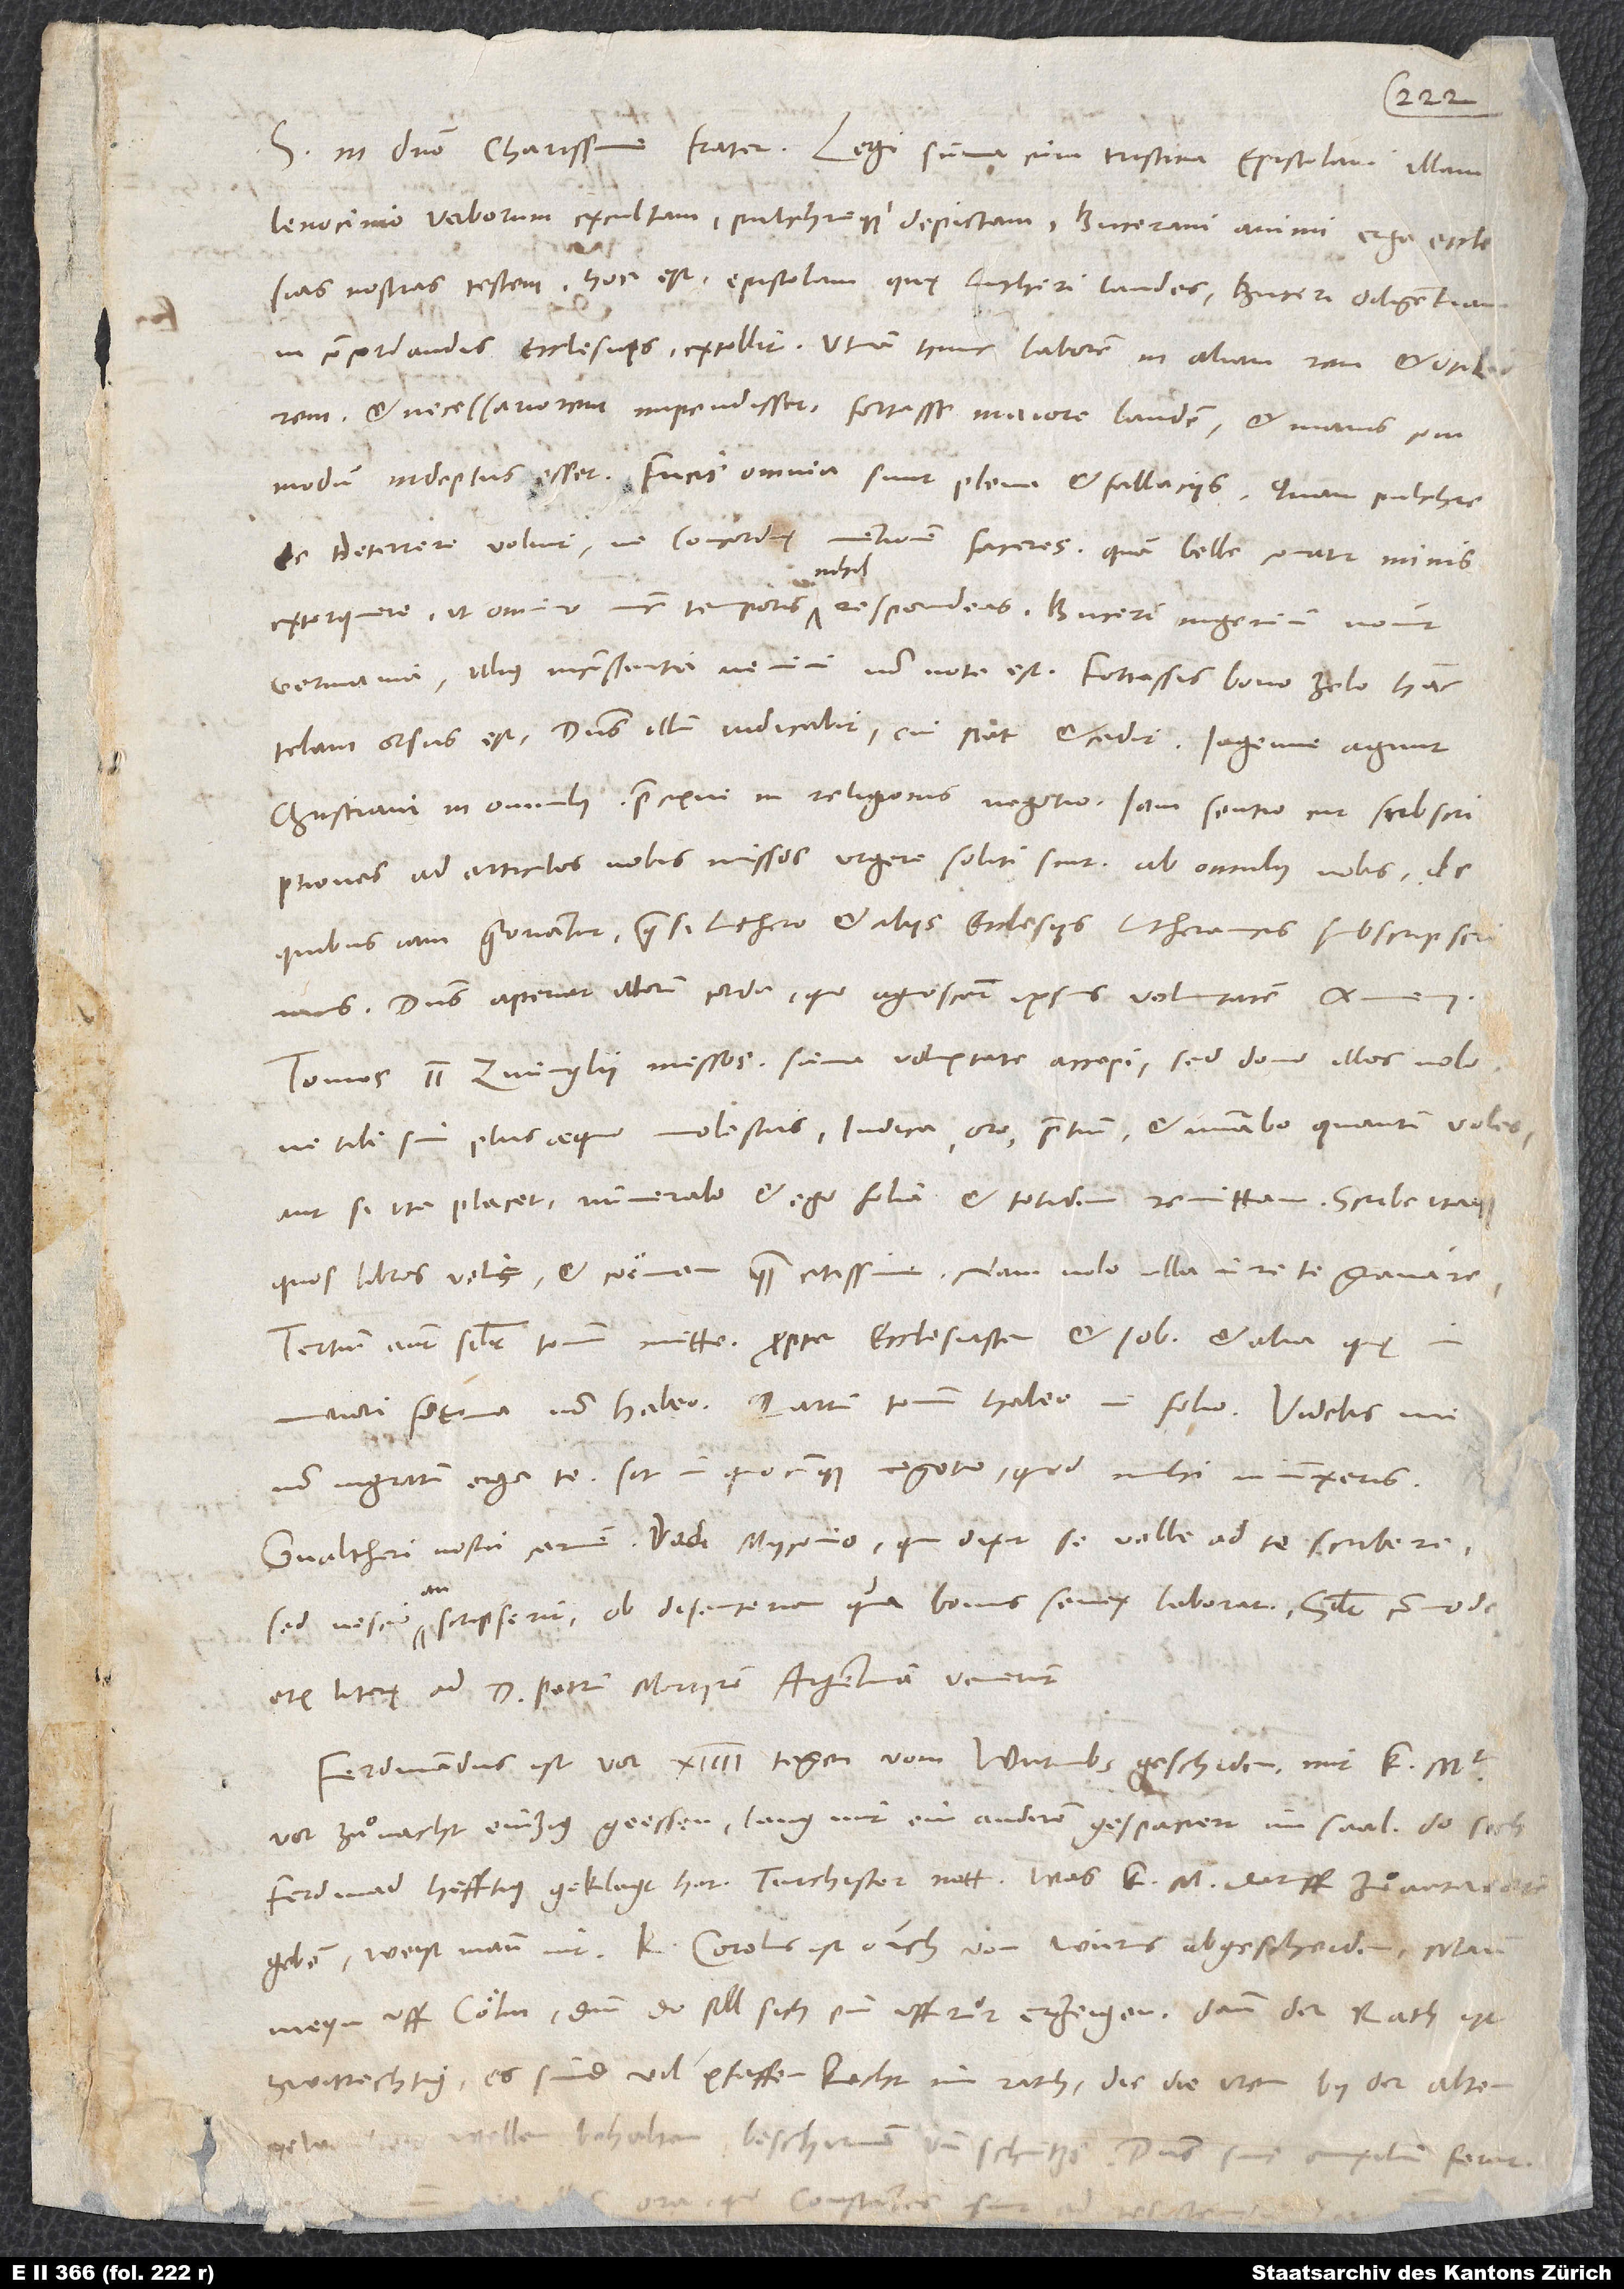
12.
lenocinio verborum excultam pulchreque depictam, Bucerani animi erga ecclesias
nostras testem, hoc est epistolam, quę Lutheri laudes, Buceri diligentiam
in concordandis ecclesiis extollit. Utinam hunc laborem in aliam rem et utilio
et necessariorem impendisset! Fortasse maiorem laudem et maius commodum
indeptus esset. Fucis omnia sunt plena et fallaciis. Quam pulchre
te deterrere voluit, ne concordię mentionem faceres! Quam belle conatur minis
nihil
extorquere, ut omnino nunc temporis nihil respondeas! Buceri ingenium novit
Germania. Illius inconstantia nemini non nota est. Fortassis bono zelo hanc
telam orsus est. Dominus illum iudicabit, cui stat et cadit. Ingenue agunt
christiani in omnibus, praecipue in religionis negotio. Iam sentio, cur subscriptiones
ad articulos nobis missos urgere soliti sint ab omnibus nobis, de
quibus iam gloriantur, quasi Luthero et aliis ecclesiis Lutheranicis subscripserimus.
Dominus aperiat illorum corda, quo agnoscant ipsius voluntatem. Amen.
Tomos II Zvinglii missos summa voluptate accepi, sed dono illos nolo,
ne tibi sim plus aequo molestus. Indica, oro, pretium, et numerabo, quantum voles;
aut si ita placet, numerabo et ego folia et totidem remittam.
quos libros velis, et coemam quam citissime; nam nolo ulla in re te gravare.
Tertium autem similiter tomum mitte propter Ecclesiasten et Iob et alia, quę in
maiori forma non habeo. Quartum tomum habeo in folio. Videbis me
non ingratum erga te, sit in quocunque negotio, quod mihi iniunxeris.
Gvaltheri nostri carmen dedi Myconio, qui dixit se velle ad te scribere,
sed nescio, an scripserit ob disenteriam, qua bonus senex laborat. Similiter commode
etiam literę ad d. Petrum Martyrem Argentinam venerunt.
Ferdinandus ist vor 14 tagen von Wurmbs geschiden, mit k.
vor zuͦ nacht einzig geessen, lang mit einanderen gespaciert im saal, do sich
Ferdinand hefftig geklagt hat turchister nott. Was k. m. daruff zuͦ antworten
geben, weist man nit. Kaiser Carolus ist ouch von Wurms abgescheiden, mann
meyn uff Cöln, denn do soll sich ein uffrur erzeigen; dann der rath ist
zwitrechtig. Es sind vil pfaffenknecht im rath, die die iren by der alten
gewonheit wellen behalten, beschirmen und schützen. Dominus suis auxilium ferat,